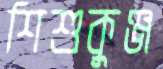
শিশুকুঞ্জ